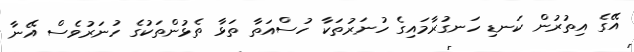
އޭގެ އިތުރުން ކަނޑި ހަނގުރާމައިގެ ހުނަރުތަކާ ހުސްއަތާ ތަޅާ ތެޅުންތަކުގެ ހުނަރުވެސް އޭނާ